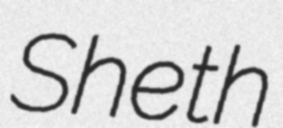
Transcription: Sheth